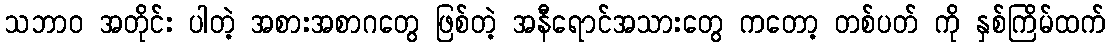
သဘာဝ အတိုင်း ပါတဲ့ အစားအစာဂတွေ ဖြစ်တဲ့ အနီရောင်အသားတွေ ကတော့ တစ်ပတ် ကို နှစ်ကြိမ်ထက်